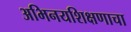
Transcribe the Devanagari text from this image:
अभिनयशिक्षणाचा